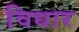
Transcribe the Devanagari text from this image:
विधार